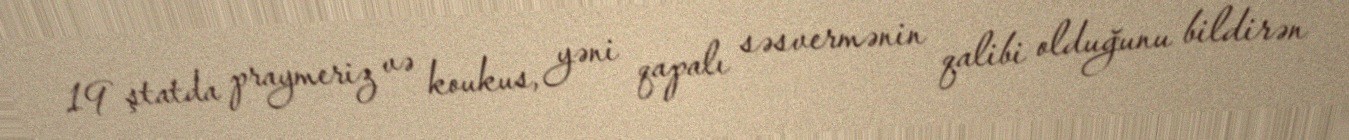
19 ştatda praymeriz və koukus, yəni qapalı səsvermənin qalibi olduğunu bildirən